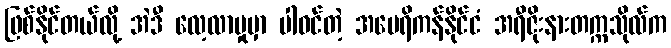
ဖြစ်နိုင်တယ်လို့ အဲဒီ လေ့လာမှုမှာ ပါဝင်တဲ့ အမေရိကန်နိုင်ငံ အရီဇိုးနားတက္ကသိုလ်က